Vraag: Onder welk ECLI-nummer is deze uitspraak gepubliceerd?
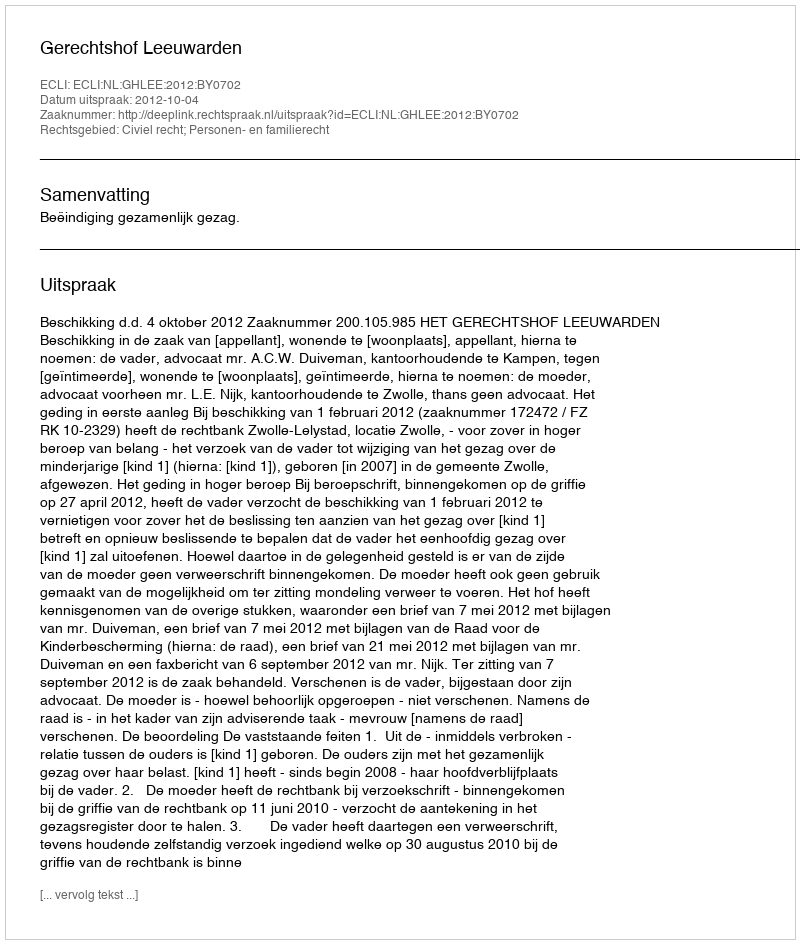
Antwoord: ECLI:NL:GHLEE:2012:BY0702